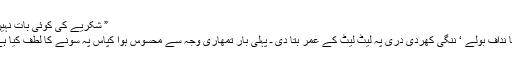
” شکریے کی کوئی بات نہیں ـ”
کاکا نداف بولے ‘ ننگی کھردی دری پہ لیٹ لیٹ کے عمر بِتا دی ـ پہلی بار تمھاری وجہ سے محسوس ہوا کپاس پہ سونے کا لطف کیا ہے ؟